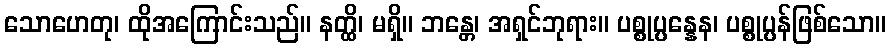
သောဟေတု၊ ထိုအကြောင်းသည်။ နတ္ထိ၊ မရှိ။ ဘန္တေ၊ အရှင်ဘုရား။ ပစ္စုပ္ပန္နေန၊ ပစ္စုပ္ပန်ဖြစ်သော။